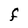
Character: F